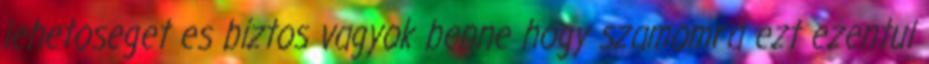
lehetoseget es biztos vagyok benne hogy szamomra ezt ezentul